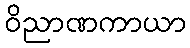
ဝိညာဏကာယာ